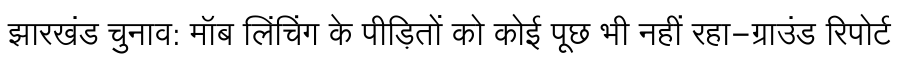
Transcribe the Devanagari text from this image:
झारखंड चुनाव: मॉब लिंचिंग के पीड़ितों को कोई पूछ भी नहीं रहा-ग्राउंड रिपोर्ट